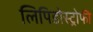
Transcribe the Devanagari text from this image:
लिपिडोस्ट्रोफी